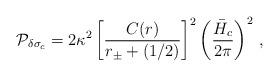
LaTeX: \begin{align*}{\cal P}_{\delta\sigma_c} = 2\kappa^2 \left[{C(r)\over r_\pm+(1/2)}\right]^2 \left( {\bar{H}_c \over 2\pi} \right)^2 \, ,\end{align*}